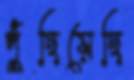
পুঁছিয়েছি